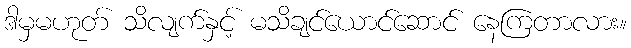
ဒါမှမဟုတ် သိလျက်နှင့် မသိချင်ယောင်ဆောင် နေကြတာလား။